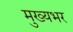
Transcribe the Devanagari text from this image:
मुख्यभर